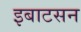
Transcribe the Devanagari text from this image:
इबाटसन